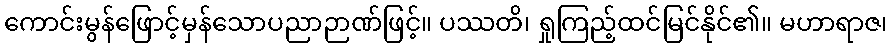
ကောင်းမွန်ဖြောင့်မှန်သောပညာဉာဏ်ဖြင့်။ ပဿတိ၊ ရှုကြည့်ထင်မြင်နိုင်၏။ မဟာရာဇ၊